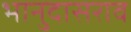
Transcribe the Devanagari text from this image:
भानुदासराव